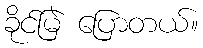
ခိုင်မြဲ ပြောတယ်။